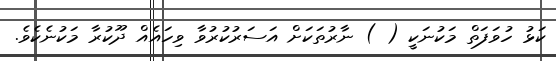
ކަޅު ހުވަފަތް މަކުނަކީ ( ) ނާރުތަކަށް އަސަރުކުރުވާ ވިހައެއް ދޫކުރާ މަކުނެކެވެ.